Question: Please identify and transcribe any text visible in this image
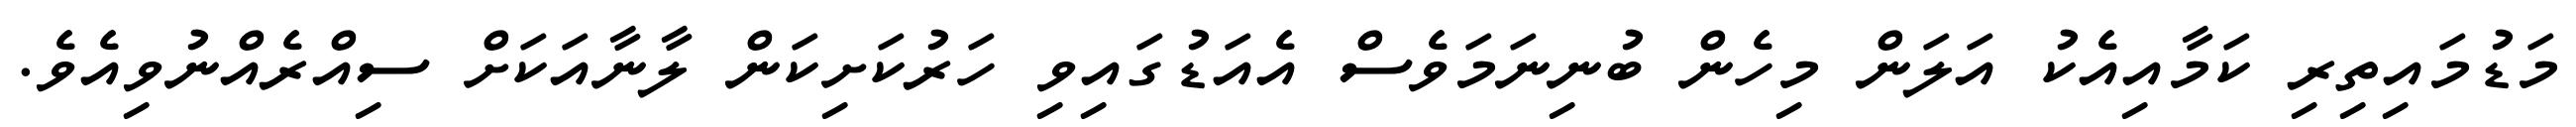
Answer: މަޑުމައިތިރި ކަމާއިއެކު އަލަން މިހެން ބުނިނަމަވެސް އެއަޑުގައިވި ހަރުކަށިކަން ލާނާއަކަށް ސިއްރެއްނުވިއެވެ.